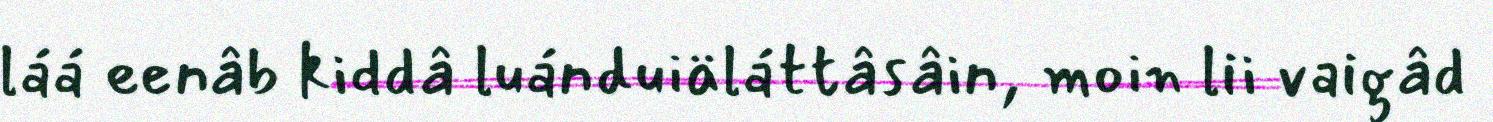
láá eenâb kiddâ luánduiäláttâsâin, moin lii vaigâd